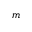
m